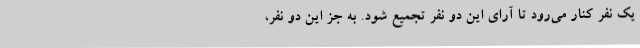
یک نفر کنار می‌رود تا آرای این دو نفر تجمیع شود. به جز این دو نفر،